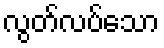
လွတ်လပ်သော